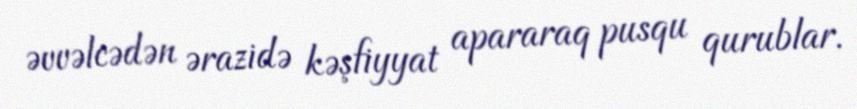
əvvəlcədən ərazidə kəşfiyyat apararaq pusqu qurublar.